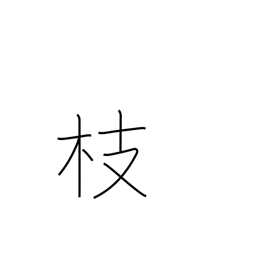
Meaning: twig